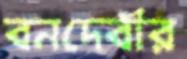
বনদেবীর